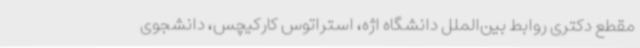
مقطع دکتری روابط بین‌الملل دانشگاه اژه، استراتوس کارکیچس، دانشجوی